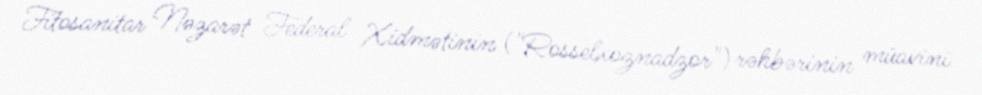
Fitosanitar Nəzarət Federal Xidmətinin ("Rosselxoznadzor") rəhbərinin müavini